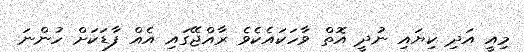
މިއީ އަދި ކިޔައި ނުދީ އޮތް ވާހަކައެކެވެ ރާއްޖޭގައި އެއް ފާޑަކަށް ހުންނަ